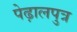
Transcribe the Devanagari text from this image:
पेढ़ालपुत्र